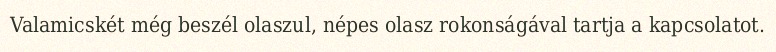
Valamicskét még beszél olaszul, népes olasz rokonságával tartja a kapcsolatot.